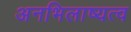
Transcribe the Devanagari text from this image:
अनभिलाष्यत्व